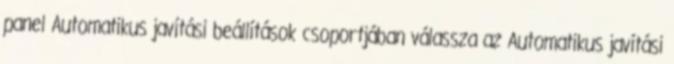
panel Automatikus javítási beállítások csoportjában válassza az Automatikus javítási